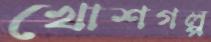
খোশগল্প